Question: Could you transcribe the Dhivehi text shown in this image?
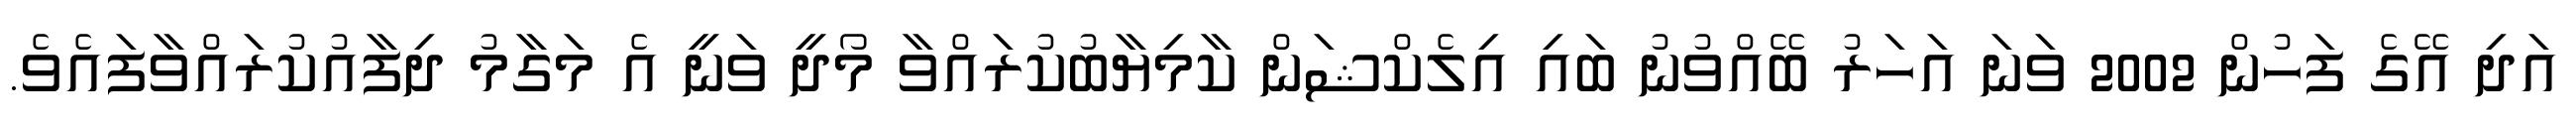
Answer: އަދި އޭގެ ފަހުން 2002 ވަނަ އަހަރު ބޭއްވުނު ބައި އިލެކްޝަން ކާމިޔާބުކުރައްވާ މޯދީ ވަނީ އެ މަގާމު ދިފާއުކުރައްވާފައެވެ.